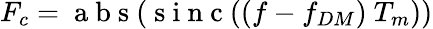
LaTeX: F_{c}=\mathrm{~a~b~s~}(\mathrm{~s~i~n~c~}((f-f_{DM})~T_{m}))